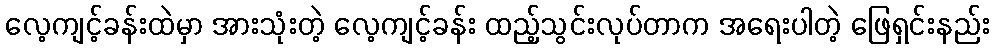
လေ့ကျင့်ခန်းထဲမှာ အားသုံးတဲ့ လေ့ကျင့်ခန်း ထည့်သွင်းလုပ်တာက အရေးပါတဲ့ ဖြေရှင်းနည်း